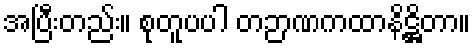
အပြီးတည်း။ စုတူပပါ တဉာဏကထာနိဋ္ဌိတာ။